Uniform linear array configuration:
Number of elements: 32
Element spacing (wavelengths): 0.75
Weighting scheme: exponential
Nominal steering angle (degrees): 15
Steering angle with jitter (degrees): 14.345
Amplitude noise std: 0.05
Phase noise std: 0.05

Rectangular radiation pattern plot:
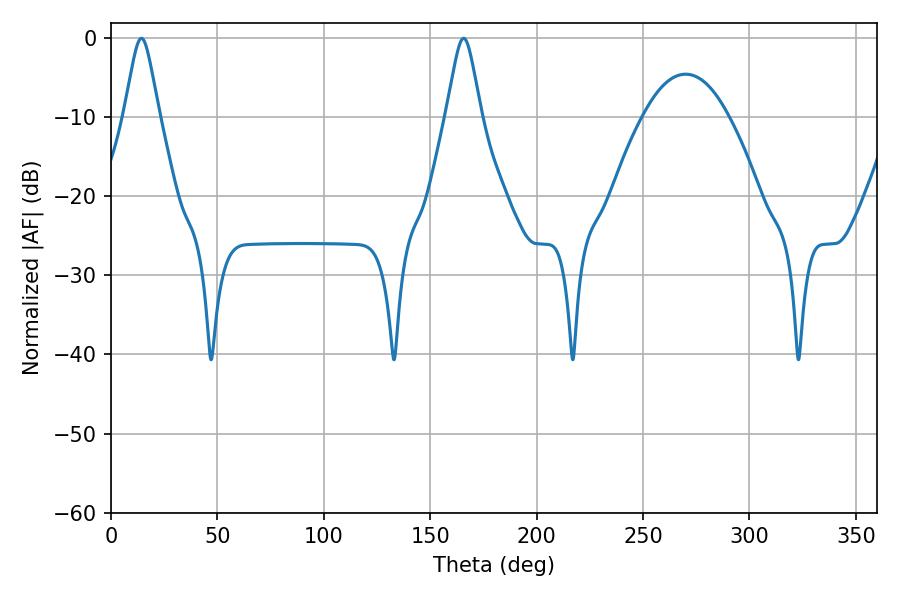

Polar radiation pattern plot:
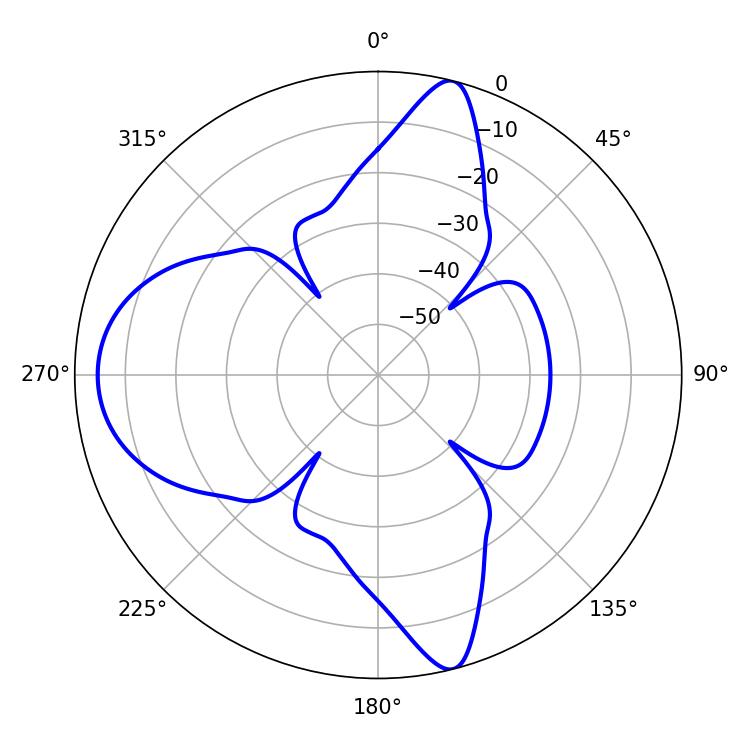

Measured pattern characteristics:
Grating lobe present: TRUE
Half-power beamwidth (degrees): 7.74
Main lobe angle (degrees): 14.22